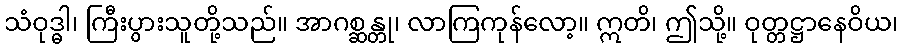
သံဝုဒ္ဓါ၊ ကြီးပွားသူတို့သည်။ အာဂစ္ဆန္တု၊ လာကြကုန်လော့။ ဣတိ၊ ဤသို့။ ဝုတ္တဋ္ဌာနေဝိယ၊